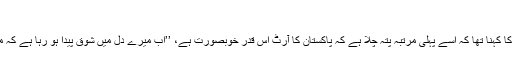
‘‘
ایک جرمن لڑکی کا کہنا تھا کہ اسے پہلی مرتبہ پتہ چلا ہے کہ پاکستان کا آرٹ اس قدر خوبصورت ہے، ’’اب میرے دل میں شوق پیدا ہو رہا ہے کہ میں پاکستان جاؤں۔